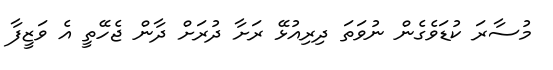
މުސާރަ ކުޑަވެގެން ނުވަތަ ދިރިއުޅޭ ރަށާ ދުރަށް ދާން ޖެހޭތީ އެ ވަޒީފާ